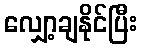
လျှော့ချနိုင်ပြီး